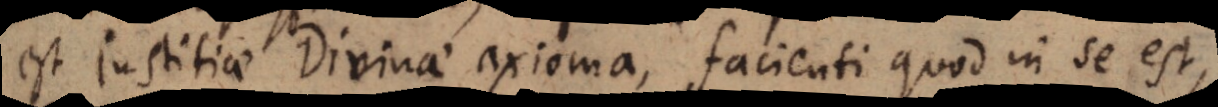
est justitiae Divinae axioma, facienti quod in se est